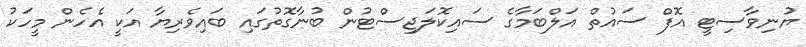
ޔުނިވާސިޓީ އޮފް ސައުތް އަލްބަމާގެ ސައިކޮލަޖިސްޓުން ބުނާގޮތުގައި ބައިވެރިޔާ އަކީ އެހެން މީހަކު